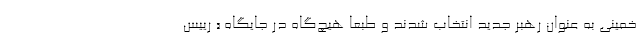
خمینی به عنوان رهبر جدید انتخاب شدند و طبعا هیچ‌گاه در جایگاه « رییس